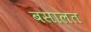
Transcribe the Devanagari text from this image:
बसालत